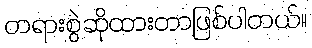
တရားစွဲဆိုထားတာဖြစ်ပါတယ်။